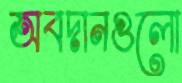
অবদানগুলো